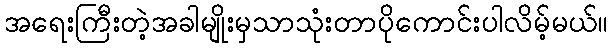
အရေးကြီးတဲ့အခါမျိုးမှသာသုံးတာပိုကောင်းပါလိမ့်မယ်။